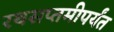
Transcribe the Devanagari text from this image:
रथसप्तमीपर्यंत